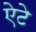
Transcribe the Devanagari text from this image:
ऐटे